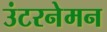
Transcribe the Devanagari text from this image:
उंटरनेमन